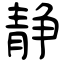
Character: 静